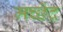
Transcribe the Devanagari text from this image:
मच्छेंद्र